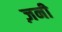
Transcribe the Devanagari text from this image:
ज़नी